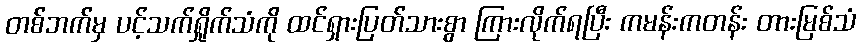
တစ်ဘက်မှ ပင့်သက်ရှိုက်သံကို ထင်ရှားပြတ်သားစွာ ကြားလိုက်ရပြီး ကမန်းကတန်း တားမြစ်သံ